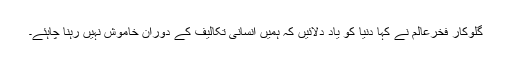
گلوکار فخرعالم نے کہا دنیا کو یاد دلائیں کہ ہمیں انسانی تکالیف کے دوران خاموش نہیں رہنا چاہئے۔